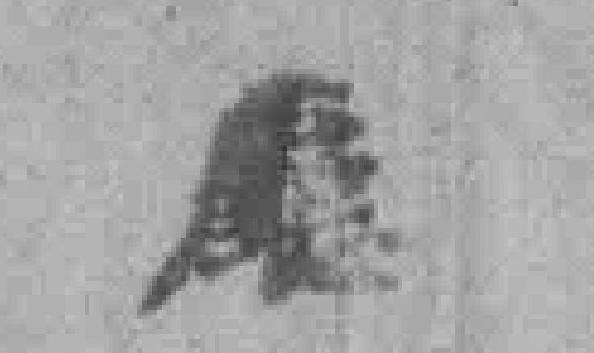
廰